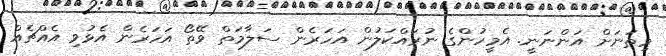
މިތަނަށް އަންނަނީ. އެމީހުންގެ ނުރައްކަލުން އަހަރެން ސަލާމަތް ވޭތޯ އަހަރެން އެޅުވި އެއްޗެއް